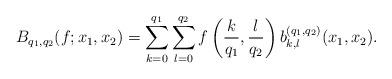
LaTeX: \begin{align*}B_{q_1,q_2}(f;x_1,x_2)=\sum_{k=0}^{q_1}\sum_{l=0}^{q_2}f\left(\frac{k}{q_1},\frac{l}{q_2}\right)b_{k,l}^{(q_1,q_2)}(x_1,x_2).\end{align*}